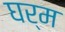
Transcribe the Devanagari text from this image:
घर्म